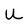
Character: U